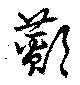
鄼